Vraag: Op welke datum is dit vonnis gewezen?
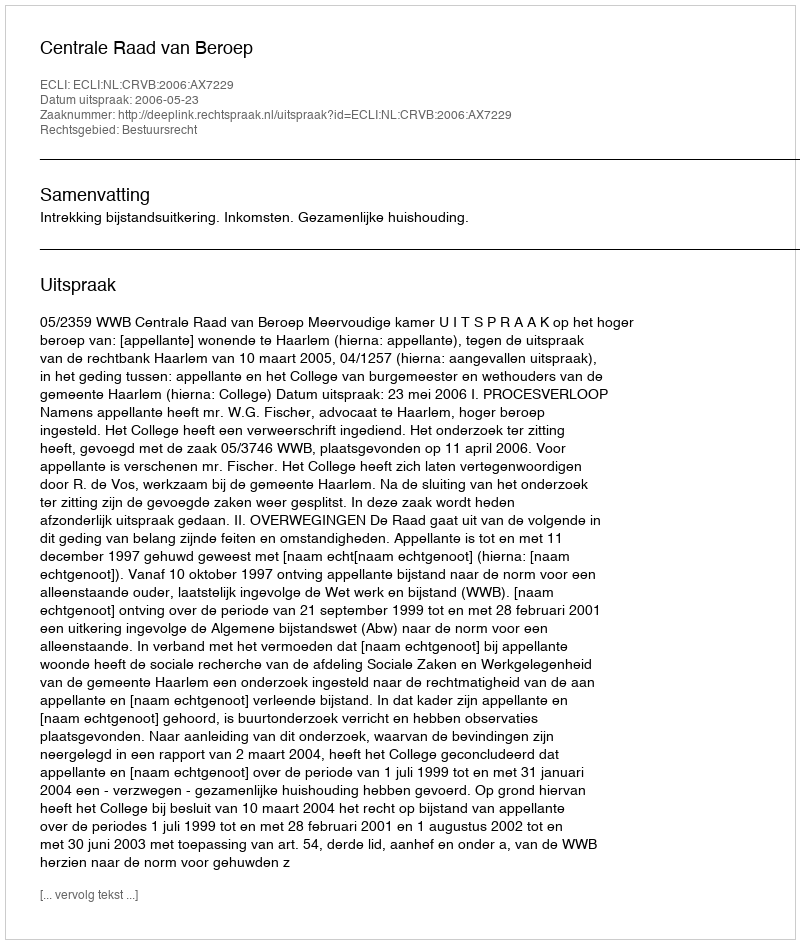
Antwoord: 2006-05-23